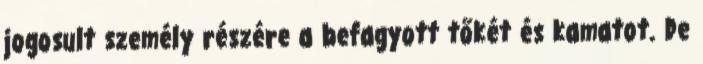
jogosult személy részére a befagyott tőkét és kamatot. De